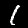
Digit: 1